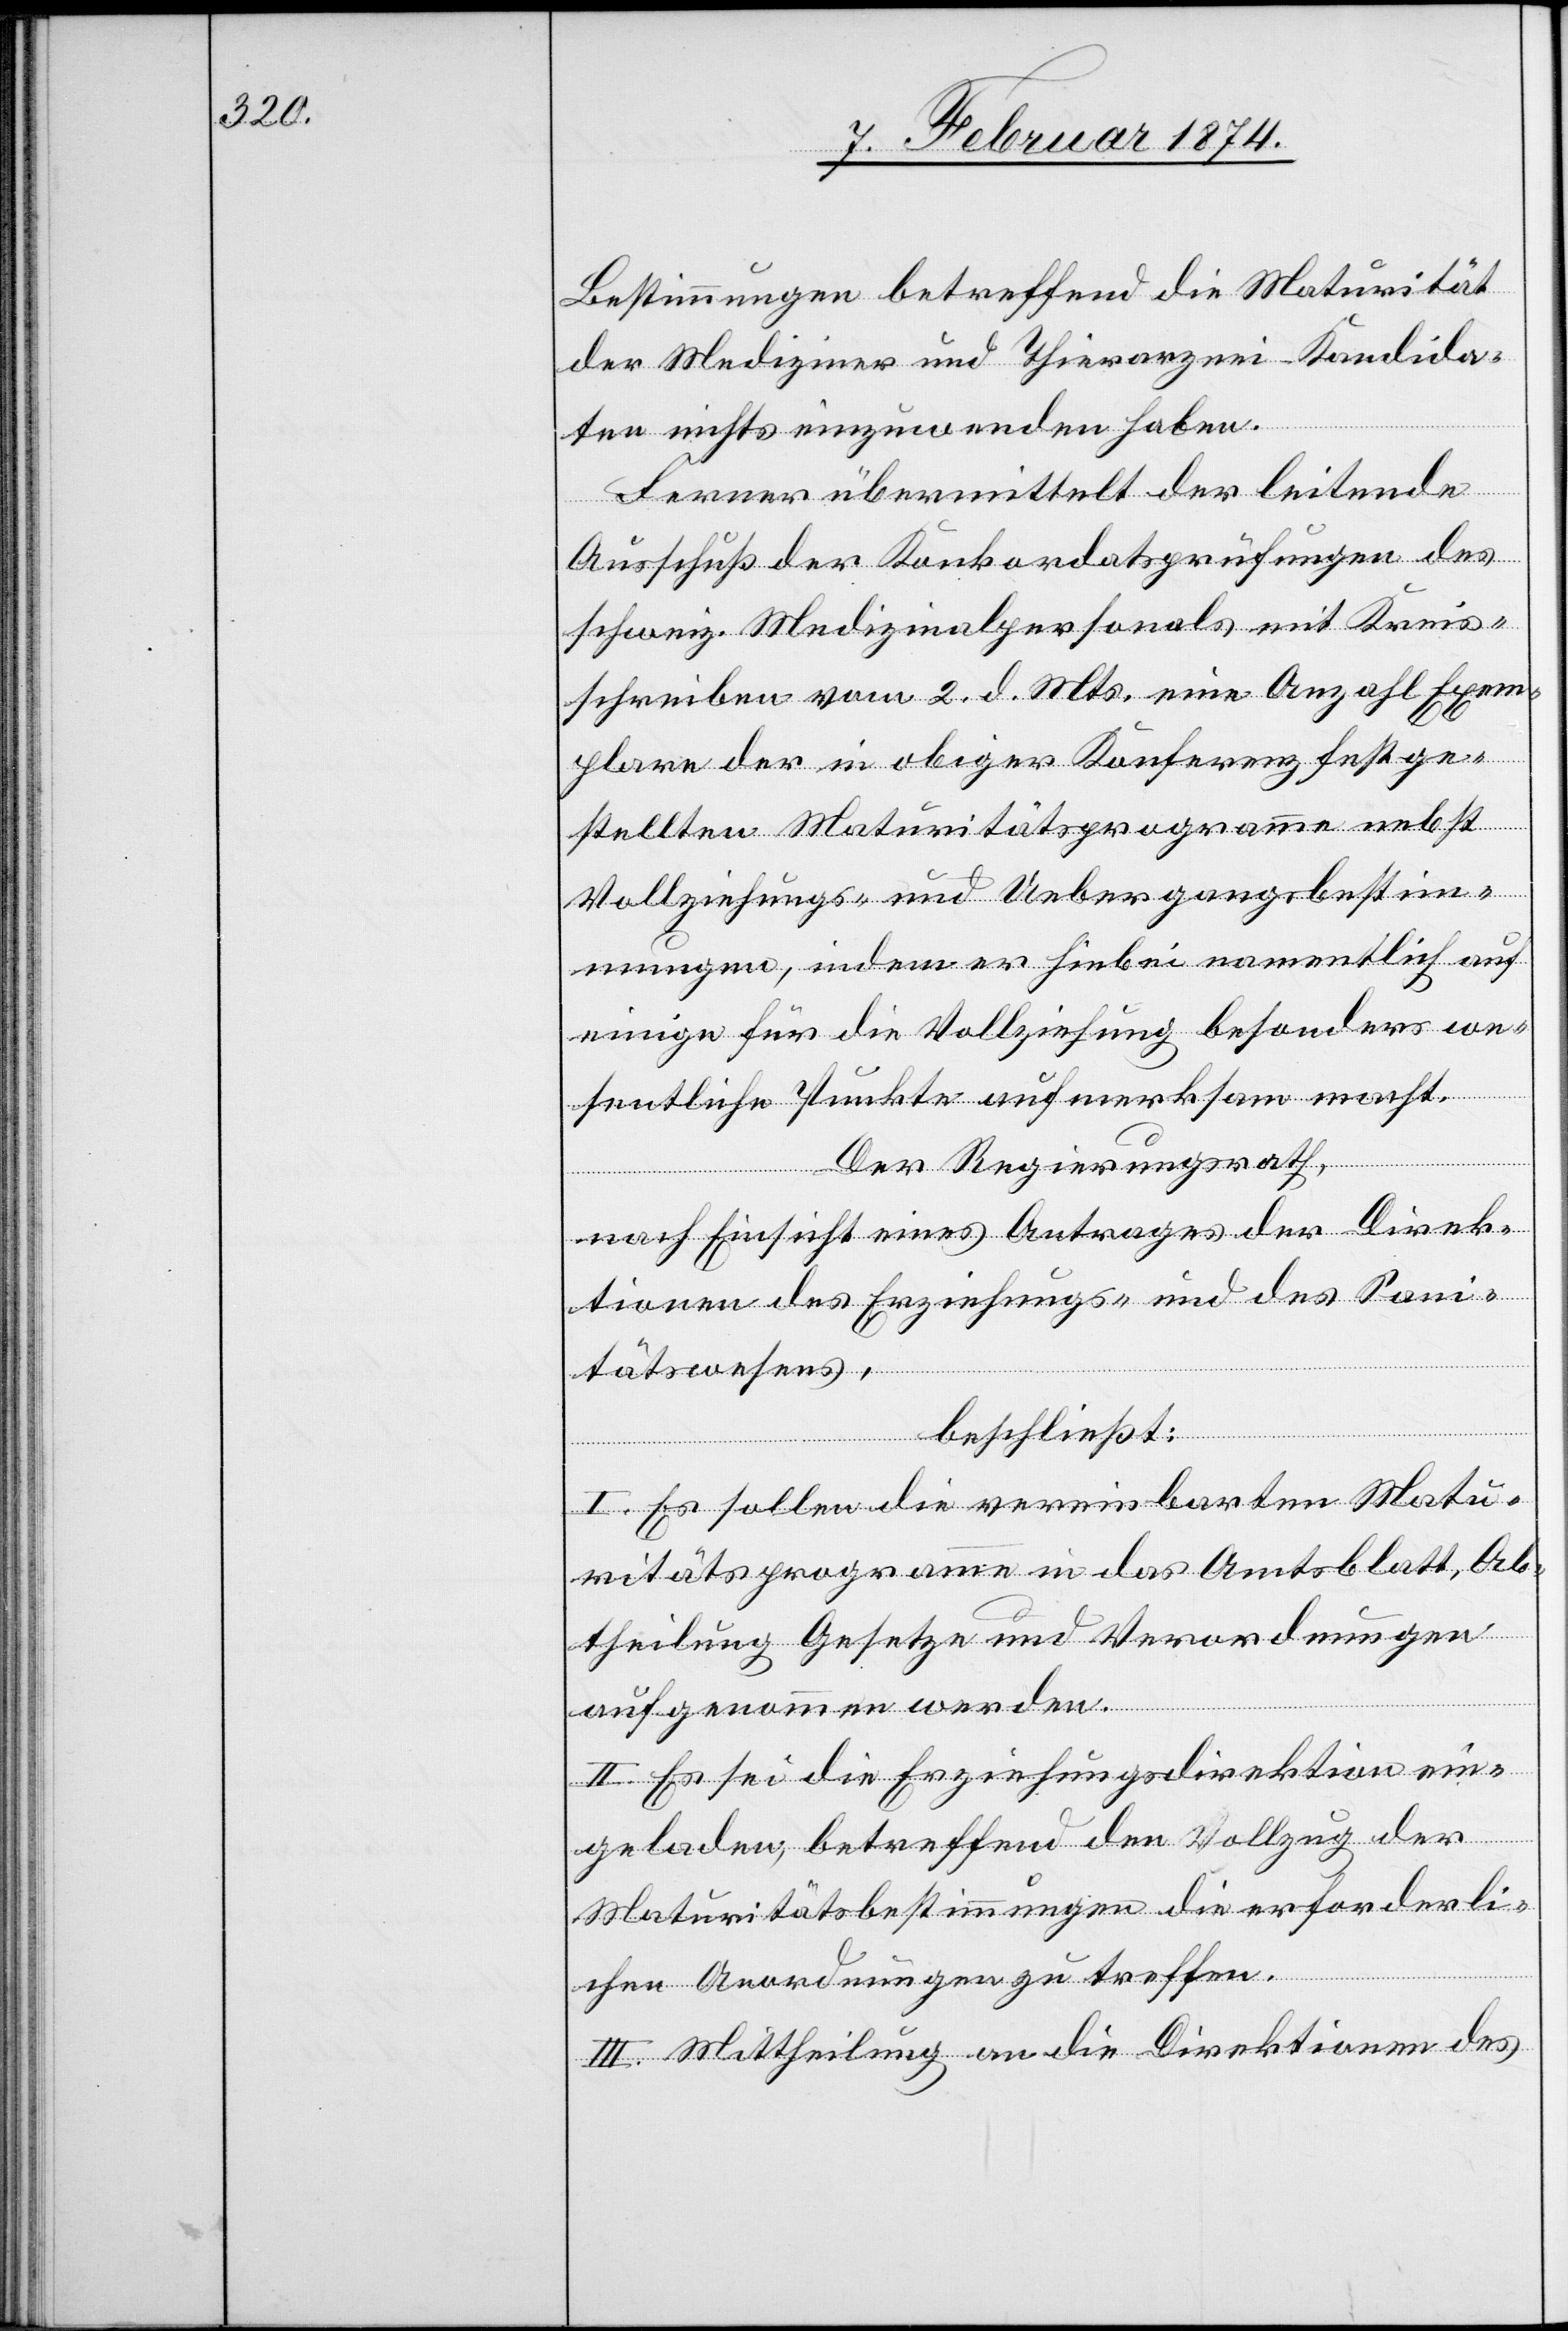
Bestimmungen betreffend die Maturität
der Mediziner und Thierarznei-Kandida¬
ten nichts einzuwenden haben.
Ferner übermittelt der leitende
Ausschuß der Konkordatsprüfungen des
schweiz. Medizinalpersonals mit Kreis¬
schreiben vom 2. d. Mts. eine Anzahl Exem¬
plare der in obiger Konferenz festge¬
stellten Maturitätsprogramme nebst
Vollziehungs- und Uebergangsbestim¬
mungen, indem er hiebei namentlich auf
einige für die Vollziehung besonders we¬
sentliche Punkte aufmerksam macht.
Der Regierungsrath,
nach Einsicht eines Antrages der Direk¬
tionen des Erziehungs- und des San¬
itätswesens,
beschließt:
I. Es sollen die vereinbarten Matu¬
ritätsprogramme in das Amtsblatt, Ab¬
theilung Gesetze und Verordnungen
aufgenommen werden.
II. Es sei die Erziehungsdirektion ein¬
geladen, betreffend den Vollzug der
Maturitätsbestimmungen die erforderli¬
chen Anordnungen zu treffen.
III. Mittheilung an die Direktionen des